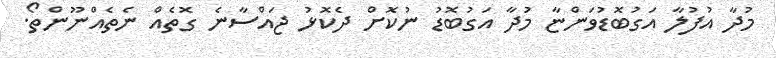
މުދާ އުފުލާ އަގުބޮޑުވަންޏާ މުދާ އަގުބޮޑު ނުކޮށް ދެކޮޅު ޖައްސާނެ ގޮތެއް ނެތެއްނޫންތޯ.